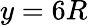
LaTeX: y=6R